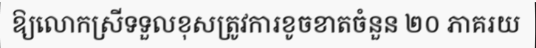
ឱ្យលោកស្រីទទួលខុសត្រូវការខូចខាតចំនួន ២០ ភាគរយ